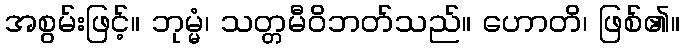
အစွမ်းဖြင့်။ ဘုမ္မံ၊ သတ္တမီဝိဘတ်သည်။ ဟောတိ၊ ဖြစ်၏။